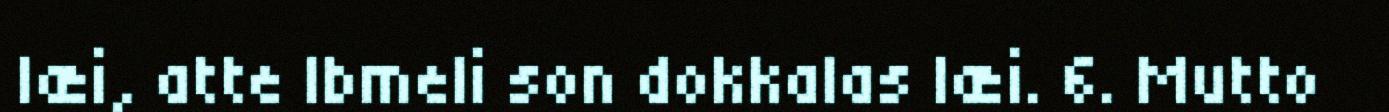
læi, atte Ibmeli son dokkalas læi. 6. Mutto